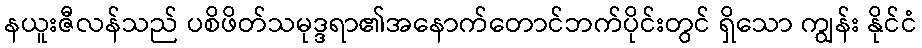
နယူးဇီလန်သည် ပစိဖိတ်သမုဒ္ဒရာ၏အနောက်တောင်ဘက်ပိုင်းတွင် ရှိသော ကျွန်း နိုင်ငံ